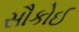
સૌકોઈ